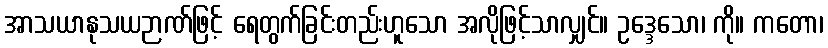
အာသယာနုသယဉာဏ်ဖြင့် ရေတွက်ခြင်းတည်းဟူသော အလိုဖြင့်သာလျှင်။ ဥဒ္ဒေသော၊ ကို။ ကတော၊